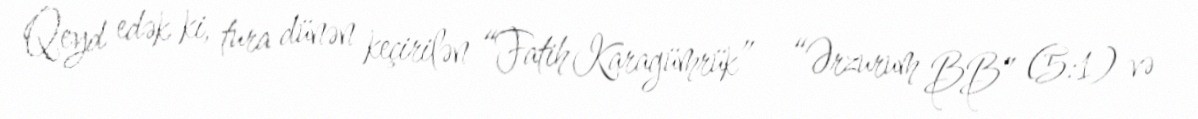
Qeyd edək ki, tura dünən keçirilən “Fatih Karagümrük” – “Ərzurum BB” (5:1) və